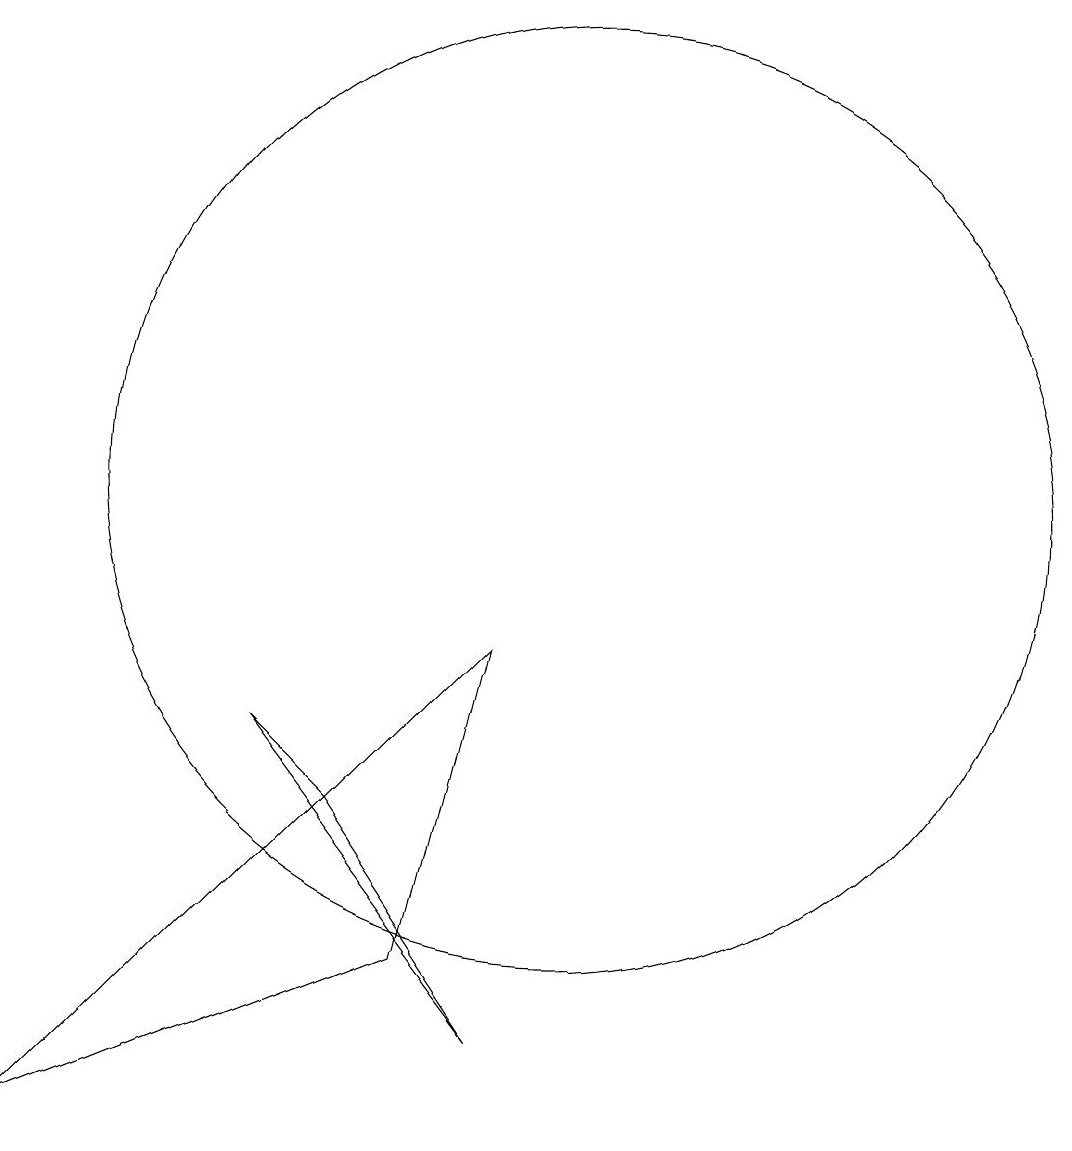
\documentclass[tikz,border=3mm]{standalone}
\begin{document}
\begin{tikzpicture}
\draw (9,9) -- (8,5) -- (3,3) -- cycle;
\draw (10,11) circle (6);
\draw (9,4) -- (6,8) -- (7,7) -- cycle;
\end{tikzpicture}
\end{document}